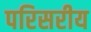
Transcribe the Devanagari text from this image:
परिसरीय